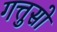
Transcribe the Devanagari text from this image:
गत्तुसो